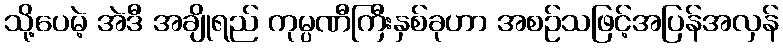
သို့ပေမဲ့ အဲဒီ အချိုရည် ကုမ္ပဏီကြီးနှစ်ခုဟာ အစဉ်သဖြင့်အပြန်အလှန်